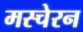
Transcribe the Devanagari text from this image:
मस्चेरन